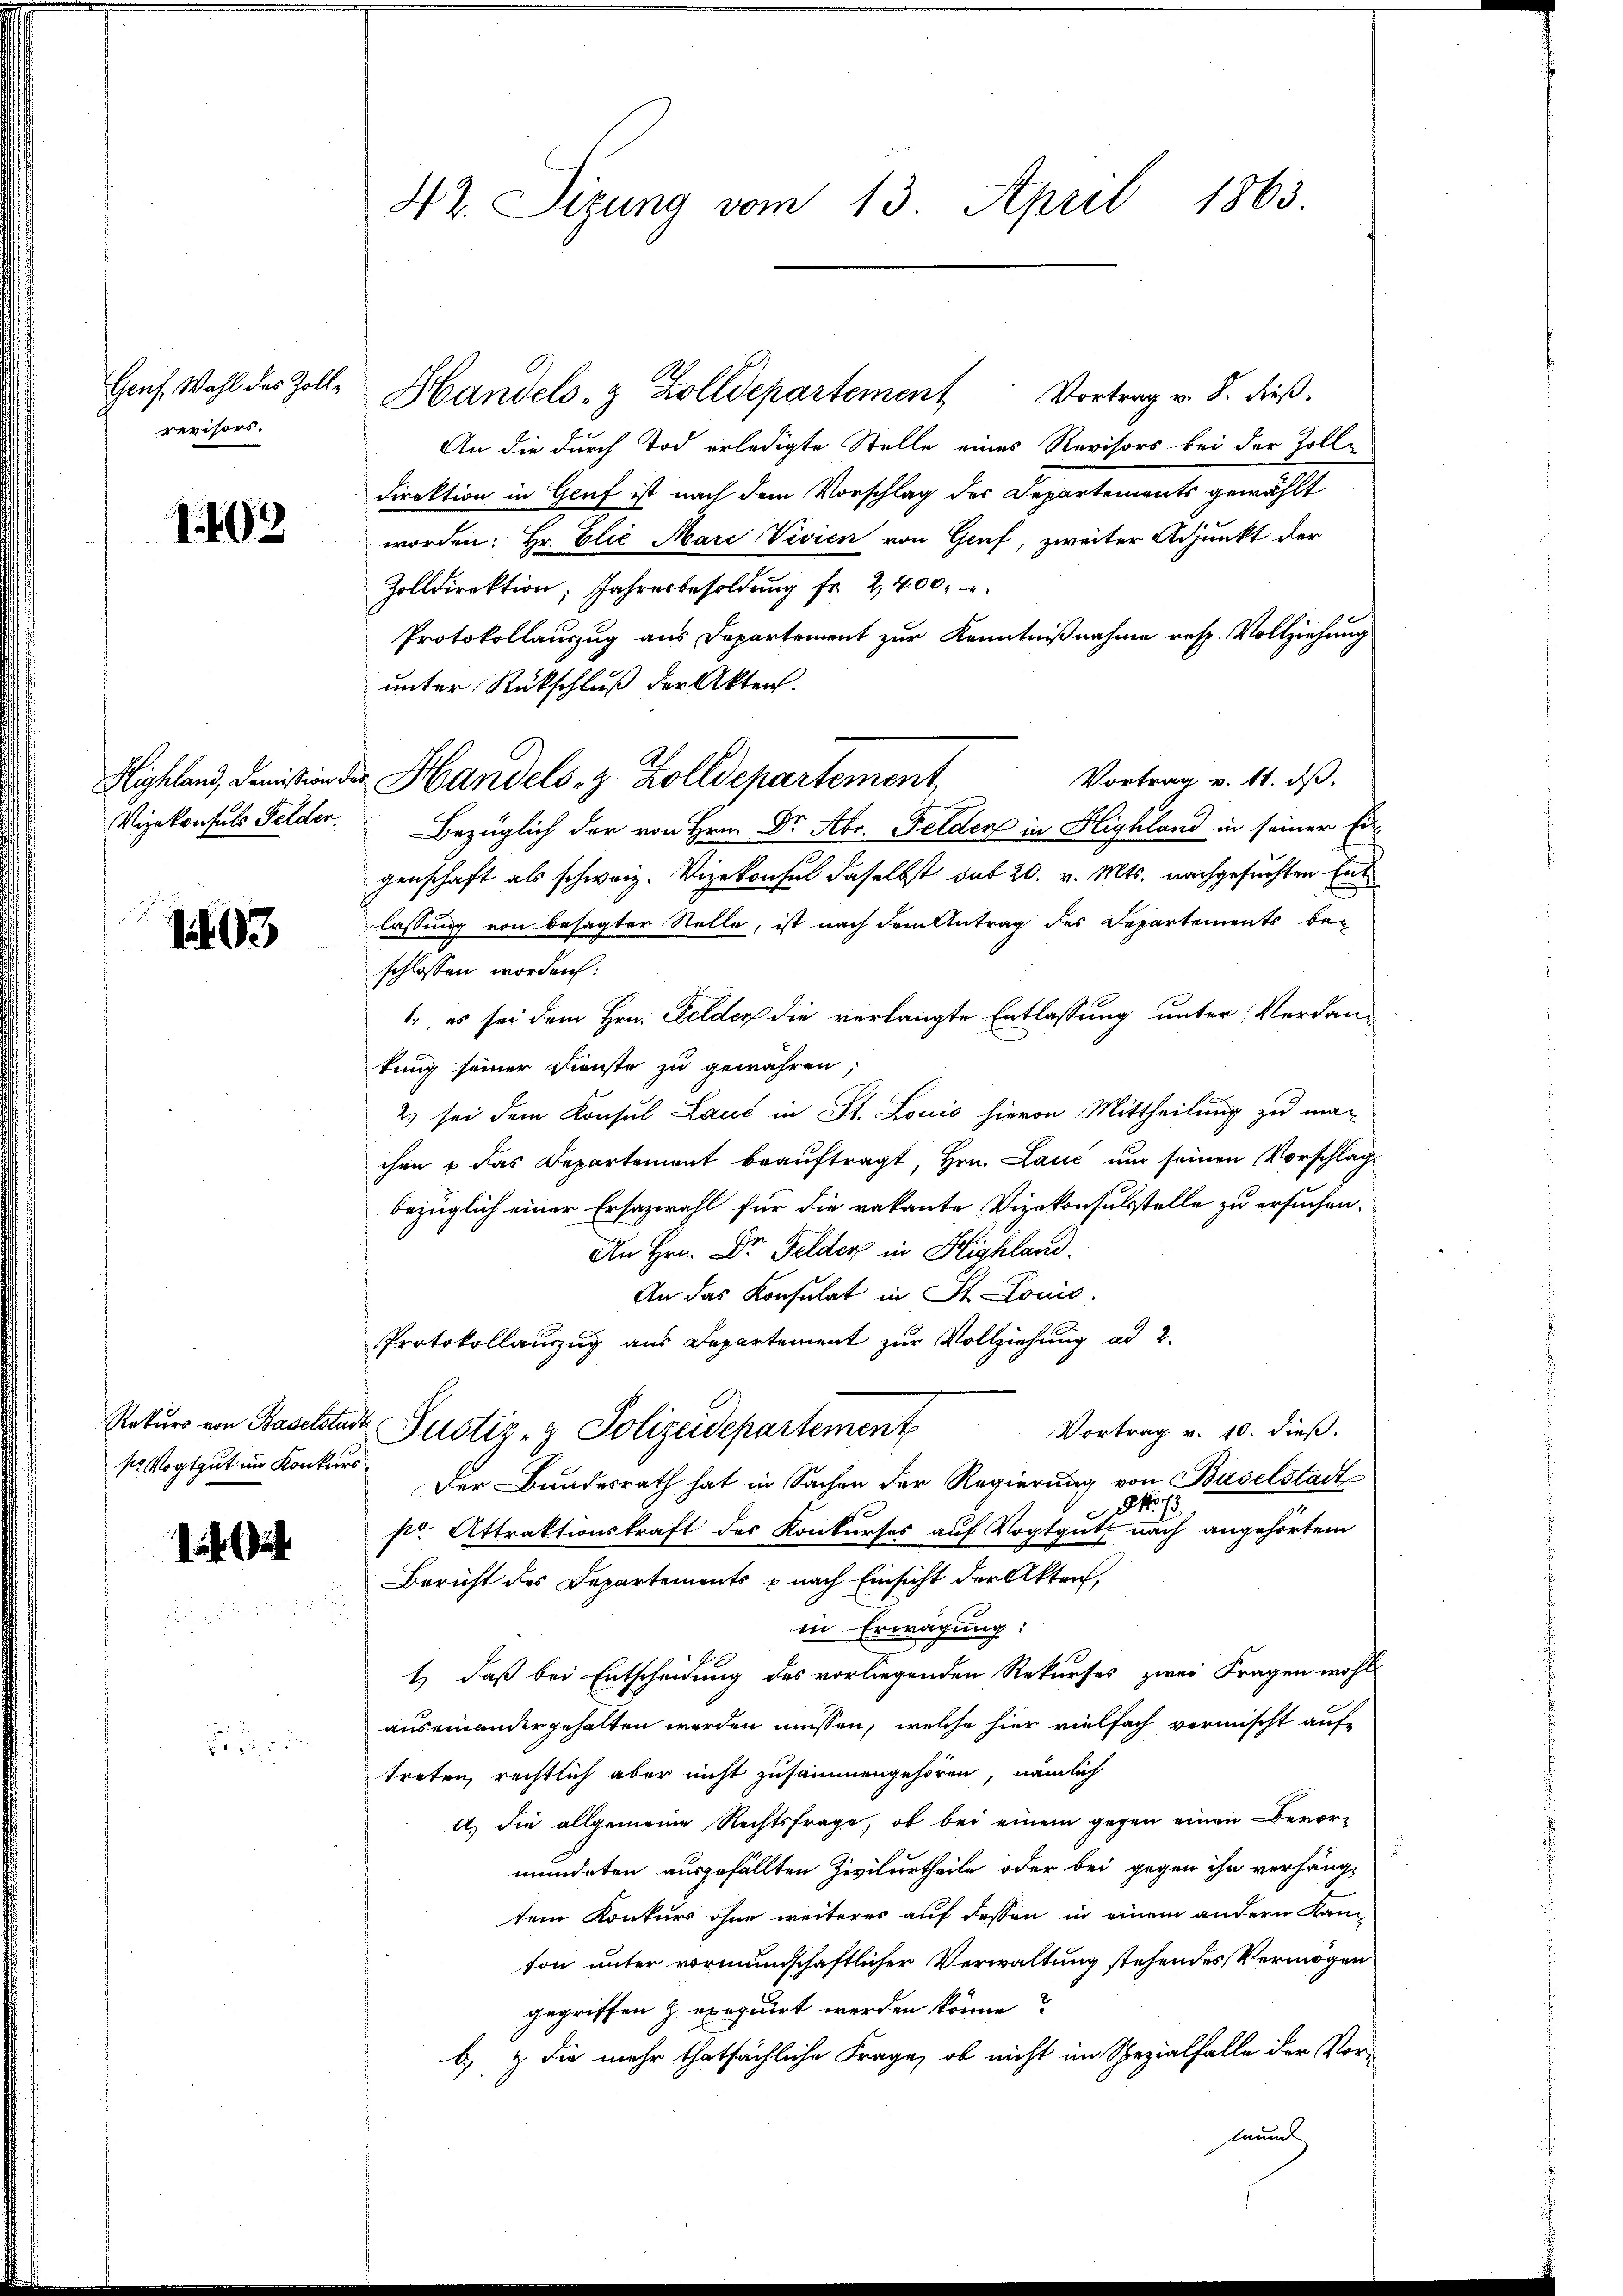
revisors.

1403

Vizekonsuls Felder

1403

sr Vogtgut im Konkurs

i Gut

42. Sizung vom 13. April 1863.

Hrns. Wahl des Zoll- Handels- & Zolldepartement Vortrag v. 8. dieβ.
An die durch Tod erledigte Stelle eines Revisors bei der Zoll-
Direktion in Genf ist nach dem Vorschlag des Departements gewählt
worden: Hr. Elie Mari Vivien von Genf, zweiter Adjunkt der
Zolldirektion; Jahresbesoldŭng fr. 2,400
Protokollauszug aus Departement zur Kenntnißnahme resp. Vollziehung
unter Rückschluß der Akten.
Vortrag v. 11. ds.
Bezüglich der von Hrn. Dr. Abr. Felder in Highland in seiner Ein-
genschaft als schweiz. Vizekonsul daselbst mit 20. v. Mts. nachgesuchten Entlassung von besagter Stelle, ist nach dem Antrag des Departements be-
schlossen worden:
1. es sei dem Hrn. Felder die verlangte Entlassung unter Verdan-
tung seiner Dienste zu gewähren;
2) sei dem Konsul Laut in St. Louis hievon Mittheilung zu man
chen & das Departement beauftragt, Hrn. Lauc um seinen Vorschläg
bezüglich einer Ersazwahl für die vakante Vizekonsulstelle zu ersuchen.
An Hrn. Dr Felder in Highland.
An das Konsulat in St. Louis
Protokollauszug aus Departement zur Vollziehung ad 2.
Rekŭrs von Baselstadt Justiz- & Polizeidepartement
Vortrag v. 10. dieß.
Der Bundesrath hat in Sachen der Regierung von Baselstadt
S. 13
str. Attraktionskraft des Konkurses auf Vogtgut nach angehörtem
Bericht des Departements nach Einsicht der Akten,
in Erwägung:
1.) Daß bei Entscheidung des vorliegenden Rekurses zwei Fragen wohl
auseinandergehalten werden müssen, welche hier vielfach vermischt auf
treten, rechtlich aber nicht zusammengehören, nämlich
A. die allgemeine Rechtsfrage, ob bei einem gegen einen Bevor-
mündeten ausgefällten Zivilurtheile oder bei gegen ihn verhäng-
tem Konkurs ohne weiteres auf dessen in einem andern Kanton unter vormundschaftlicher Verwaltung stehendes Vermögen
gegriffen z. exequirt werden könne?
b) & die mehr thatsächliche Frage, ob nicht im Spezialfalle der Vorlaun

Highland, demission der Handels- & Zolldepartement